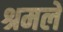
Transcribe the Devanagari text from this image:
श्रमले